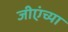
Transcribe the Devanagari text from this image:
जीएंच्या